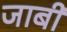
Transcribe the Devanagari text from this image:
जाबी